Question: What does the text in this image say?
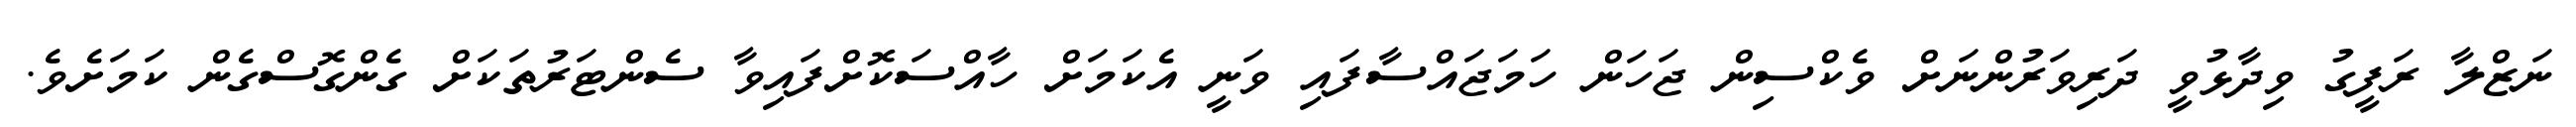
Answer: ނަޒްލާ ރަފީގު ވިދާޅުވީ ދަރިވަރުންނަށް ވެކްސިން ޖަހަން ހަމަޖައްސާފައި ވަނީ އެކަމަށް ހާއްސަކޮށްފައިވާ ސެންޓަރުތަކަށް ގެންގޮސްގެން ކަމަށެވެ.